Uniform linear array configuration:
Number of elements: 24
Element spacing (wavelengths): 0.5
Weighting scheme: kaiser
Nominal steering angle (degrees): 15
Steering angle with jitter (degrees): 15.738
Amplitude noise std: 0.05
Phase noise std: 0.05

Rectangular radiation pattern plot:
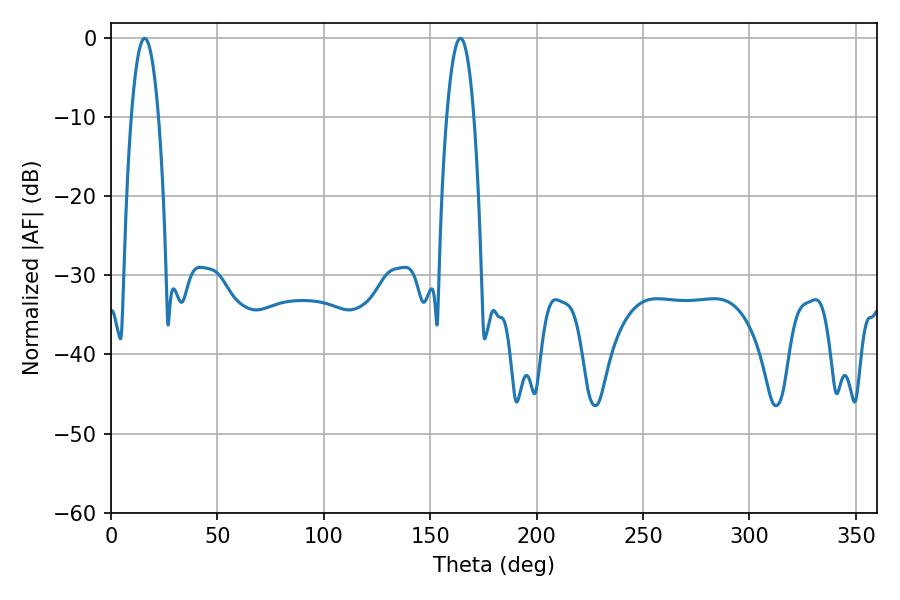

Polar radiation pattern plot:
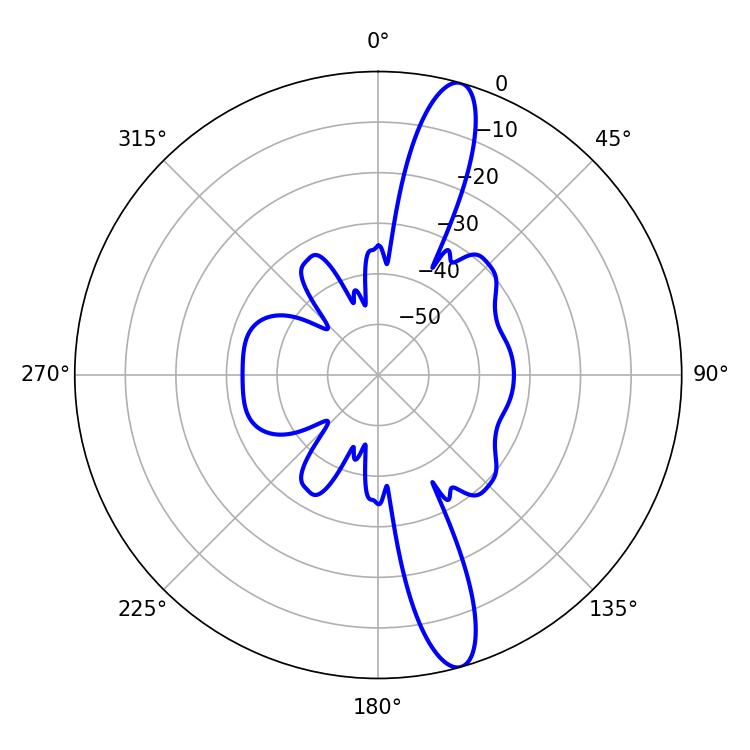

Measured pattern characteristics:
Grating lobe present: FALSE
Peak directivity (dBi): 14.388
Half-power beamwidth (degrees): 7.2
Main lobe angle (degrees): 15.84